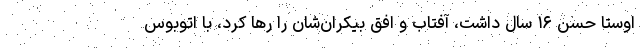
اوستا حسن ۱۶ سال داشت، آفتاب و افق بيكران‌شان را رها كرد، با اتوبوس